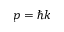
p = \hbar k